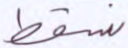
نسقط